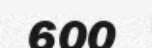
600